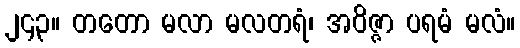
၂၄၃။ တတော မလာ မလတရံ၊ အဝိဇ္ဇာ ပရမံ မလံ။